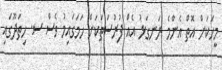
މީހަކަށް އޮތް އެންމެ ރަނގަޅު އެއް ފުރުސަތަކަށް ހަމަގައިމު ވެސް ސ. ހިތަދޫގައި